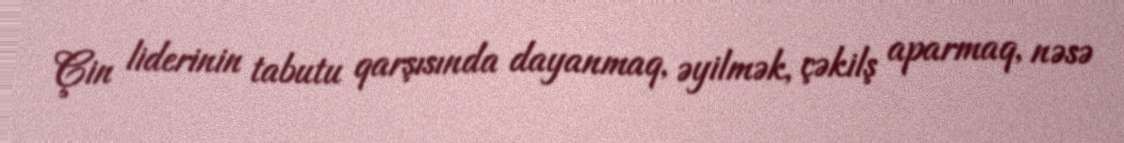
Çin liderinin tabutu qarşısında dayanmaq, əyilmək, çəkilş aparmaq, nəsə